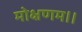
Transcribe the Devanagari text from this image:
मोक्षणम।।